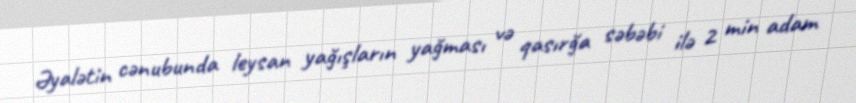
Əyalətin cənubunda leysan yağışların yağması və qasırğa səbəbi ilə 2 min adam